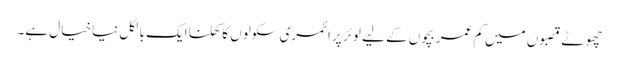
چھوٹے قصبوں میں کم عمر بچوں کے لیے لوئر پرائمری سکولوں کا کھلنا ایک بالکل نیا خیال ہے۔